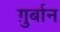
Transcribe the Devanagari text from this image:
ग़ुर्बान